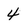
Character: 4